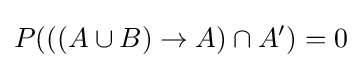
P(((A\cup B)\rightarrow A)\cap A')=0